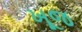
ખૂજ